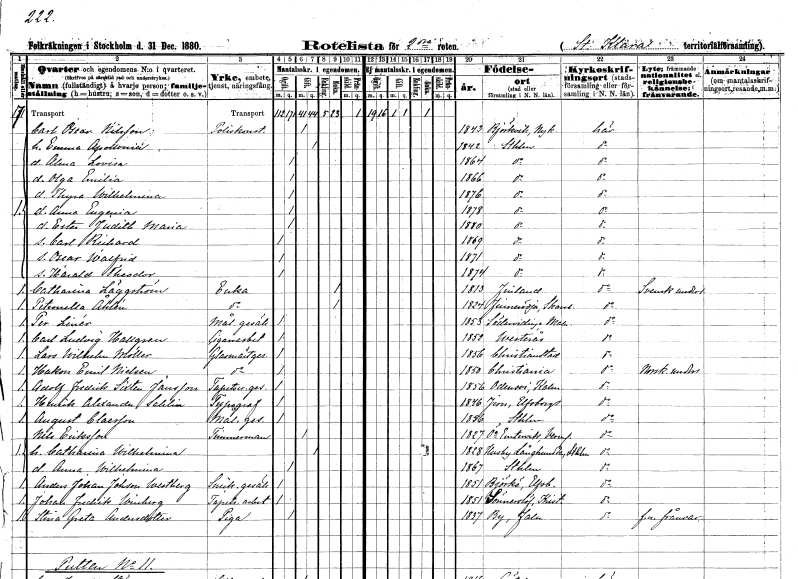
gt_parse: households: individuals: FN: Carl Oscar
EN: Nilsson
YRKE: Poliskonstapel
KON: M
CIV: G
FODAR: 1843
FODFORS: Björkvik Södermanlands län
FN: Emma Apollonia
KON: K
CIV: G
FODAR: 1842
FODFORS: Stockholm
FN: Alma Lovisa
KON: K
CIV: O
FODAR: 1864
FODFORS: Stockholm
FN: Olga Emilia
KON: K
CIV: O
FODAR: 1866
FODFORS: Stockholm
FN: Thyra Wilhelmina
KON: K
CIV: O
FODAR: 1876
FODFORS: Stockholm
FN: Anna Eugenia
KON: K
CIV: O
FODAR: 1878
FODFORS: Stockholm
FN: Ester Judith Maria
KON: K
CIV: O
FODAR: 1880
FODFORS: Stockholm
FN: Carl Richard
KON: M
CIV: O
FODAR: 1869
FODFORS: Stockholm
FN: Oscar Walfrid
KON: M
CIV: O
FODAR: 1871
FODFORS: Stockholm
FN: Harald Theodor
KON: M
CIV: O
FODAR: 1874
FODFORS: Stockholm
FN: Catharina
EN: Läggström
YRKE: Änka
KON: K
CIV: E
FODAR: 1813
FN: Petronella
EN: Åhlén
YRKE: Änka
KON: K
CIV: E
FODAR: 1824
FODFORS: Finnerödja Örebro län
FN: Per
EN: Linér
YRKE: Målaregesäll
KON: M
CIV: O
FODAR: 1853
FODFORS: Södervidinge Malmöhus län
FN: Carl Ludvig
EN: Hallgren
YRKE: Cigarrarbetare
KON: M
CIV: O
FODAR: 1852
FODFORS: Västerås Västmanlands län
FN: Lars Wilhelm
EN: Möller
YRKE: Glasmästaregesäll
KON: M
CIV: O
FODAR: 1856
FODFORS: Kristianstad Kristianstads län
FN: Hakon Emil
EN: Nielsen
YRKE: Glasmästaregesäll
KON: M
CIV: O
FODAR: 1850
FN: Adolf Fredrik Sixten
EN: Jansson
YRKE: Tapetseraregesäll
KON: M
CIV: O
FODAR: 1856
FODFORS: Odensvi Kalmar län
FN: Henrik Alexander
EN: Sahlin
YRKE: Typograf
KON: M
CIV: O
FODAR: 1846
FODFORS: Järn Älvsborgs län
FN: August
EN: Claesson
YRKE: Målaregesäll
KON: M
CIV: O
FODAR: 1856
FODFORS: Stockholm
FN: Nils
EN: Eriksson
YRKE: Timmerman
KON: M
CIV: G
FODAR: 1827
FODFORS: Östra Ämtervik Värmlands län
FN: Catharina Wilhelmina
KON: K
CIV: G
FODAR: 1828
FODFORS: Husby-Långhundra Uppsala län
FN: Anna Wilhelmina
KON: K
CIV: O
FODAR: 1867
FODFORS: Stockholm
FN: Anders Johan
EN: Johansson Westberg
YRKE: Snickaregesäll
KON: M
CIV: O
FODAR: 1851
FODFORS: Björke Älvsborgs län
FN: Johan Fredrik
EN: Winberg
YRKE: Tapetseriarbetare
KON: M
CIV: O
FODAR: 1851
FODFORS: Östra Sönnarslöv Kristianstads län
FN: Stina Greta
EN: Andersdotter
YRKE: Piga
KON: K
CIV: O
FODAR: 1837
FODFORS: By Kopparbergs län